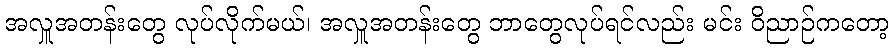
အလှူအတန်းတွေ လုပ်လိုက်မယ်၊ အလှူအတန်းတွေ ဘာတွေလုပ်ရင်လည်း မင်း ဝိညာဉ်ကတော့